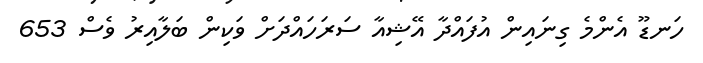
ހަނޑޫ އެންމެ ގިނައިން އުފައްދާ އޭޝިއާ ސަރަހައްދަށް ވަކިން ބަލާއިރު ވެސް 653